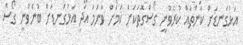
އަޅުގަނޑަށް ކަންތައް ކުރެވުނީ ގޯސްގޮތަކަށް ކަމަށް ވާނަމަ އަދި އަޅުގަނޑަށް ބުނެވުނީ ގޯސް